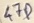
Text: 47P